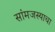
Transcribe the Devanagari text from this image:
सांमजस्याचा